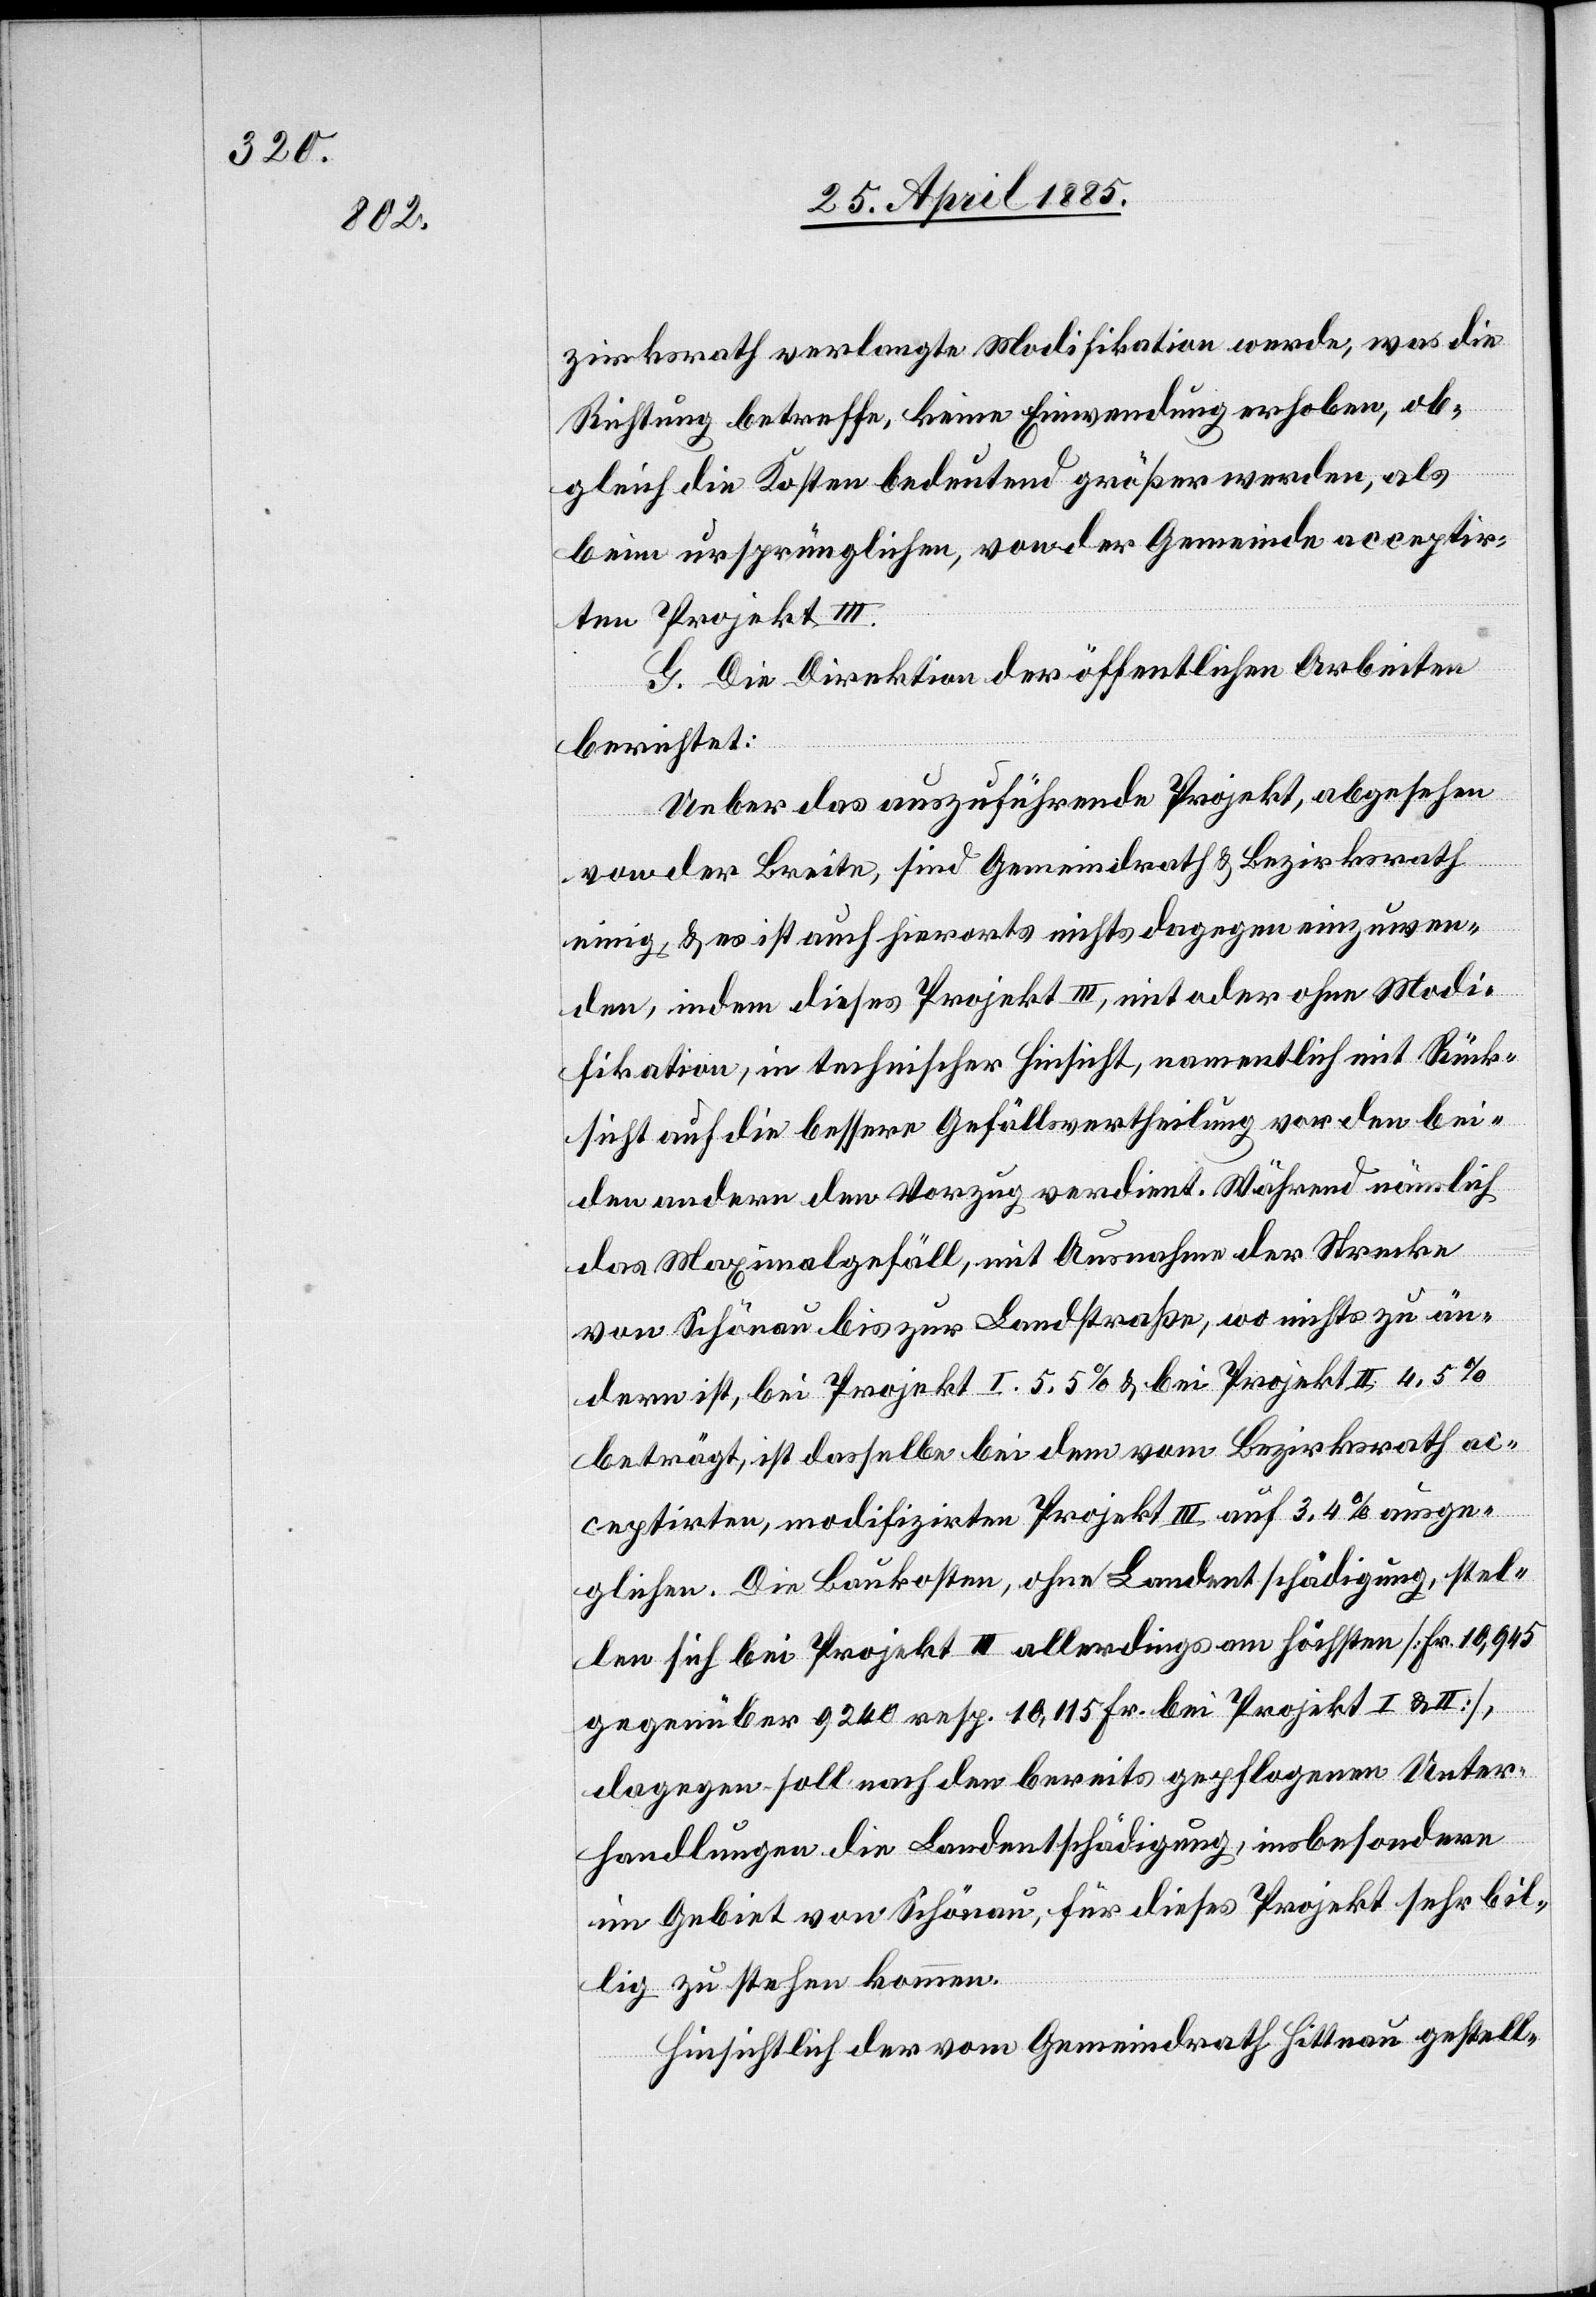
zirksrath verlangte Modifikation werde, was die
Richtung betreffe, keine Einwendung erhoben, ob¬
gleich die Kosten bedeutend größer werden, als
beim ursprünglichen, von der Gemeinde acceptir¬
ten Projekt III.
G. Die Direktion der öffentlichen Arbeiten
berichtet:
Ueber das auszuführende Projekt, abgesehen
von der Breite, sind Gemeindrath & Bezirksrath
einig, & es ist auch hierorts nichts dagegen einzuwen¬
den, indem dieses Projekt III, mit oder ohne Modi¬
fikation, in technischer Hinsicht, namentlich mit Rück¬
sicht auf die bessere Gefällsvertheilung vor den bei¬
den anderen den Vorzug verdient. Während nämlich
das Maximalgefäll, mit Ausnahme der Strecke
von Schönau bis zur Landstraße, wo nichts zu än¬
dern ist, bei Projekt I. 5,5% & bei Projekt II 4,5%
beträgt, ist dasselbe bei dem vom Bezirksrath ac¬
ceptirten, modifizirten Projekt III auf 3,4% ausge¬
glichen. Die Baukosten, ohne Landentschädigung, stel¬
len sich bei Projekt III allerdings am höchsten [Fr. 10,945
gegenüber 9240 resp. 10,115 Fr. bei Projekt I & II],
dagegen soll nach den bereits gepflogenen Unter¬
handlungen die Landentschädigung, insbesondere
im Gebiet von Schönau, für dieses Projekt sehr bil¬
lig zu stehen kommen.
Hinsichtlich der vom Gemeindrath Hittnau gestell-